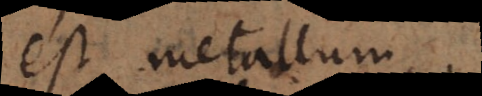
est metallum.